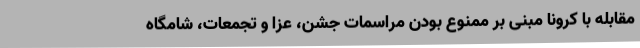
مقابله با کرونا مبنی بر ممنوع بودن مراسمات جشن، عزا و تجمعات، شامگاه